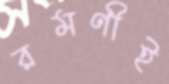
রমণীই